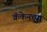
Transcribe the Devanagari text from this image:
क्रॅकेनच्या